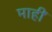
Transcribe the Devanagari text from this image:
माहीं